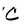
Character: C